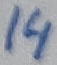
Text: 14